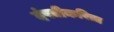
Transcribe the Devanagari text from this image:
दंपतीकरिता